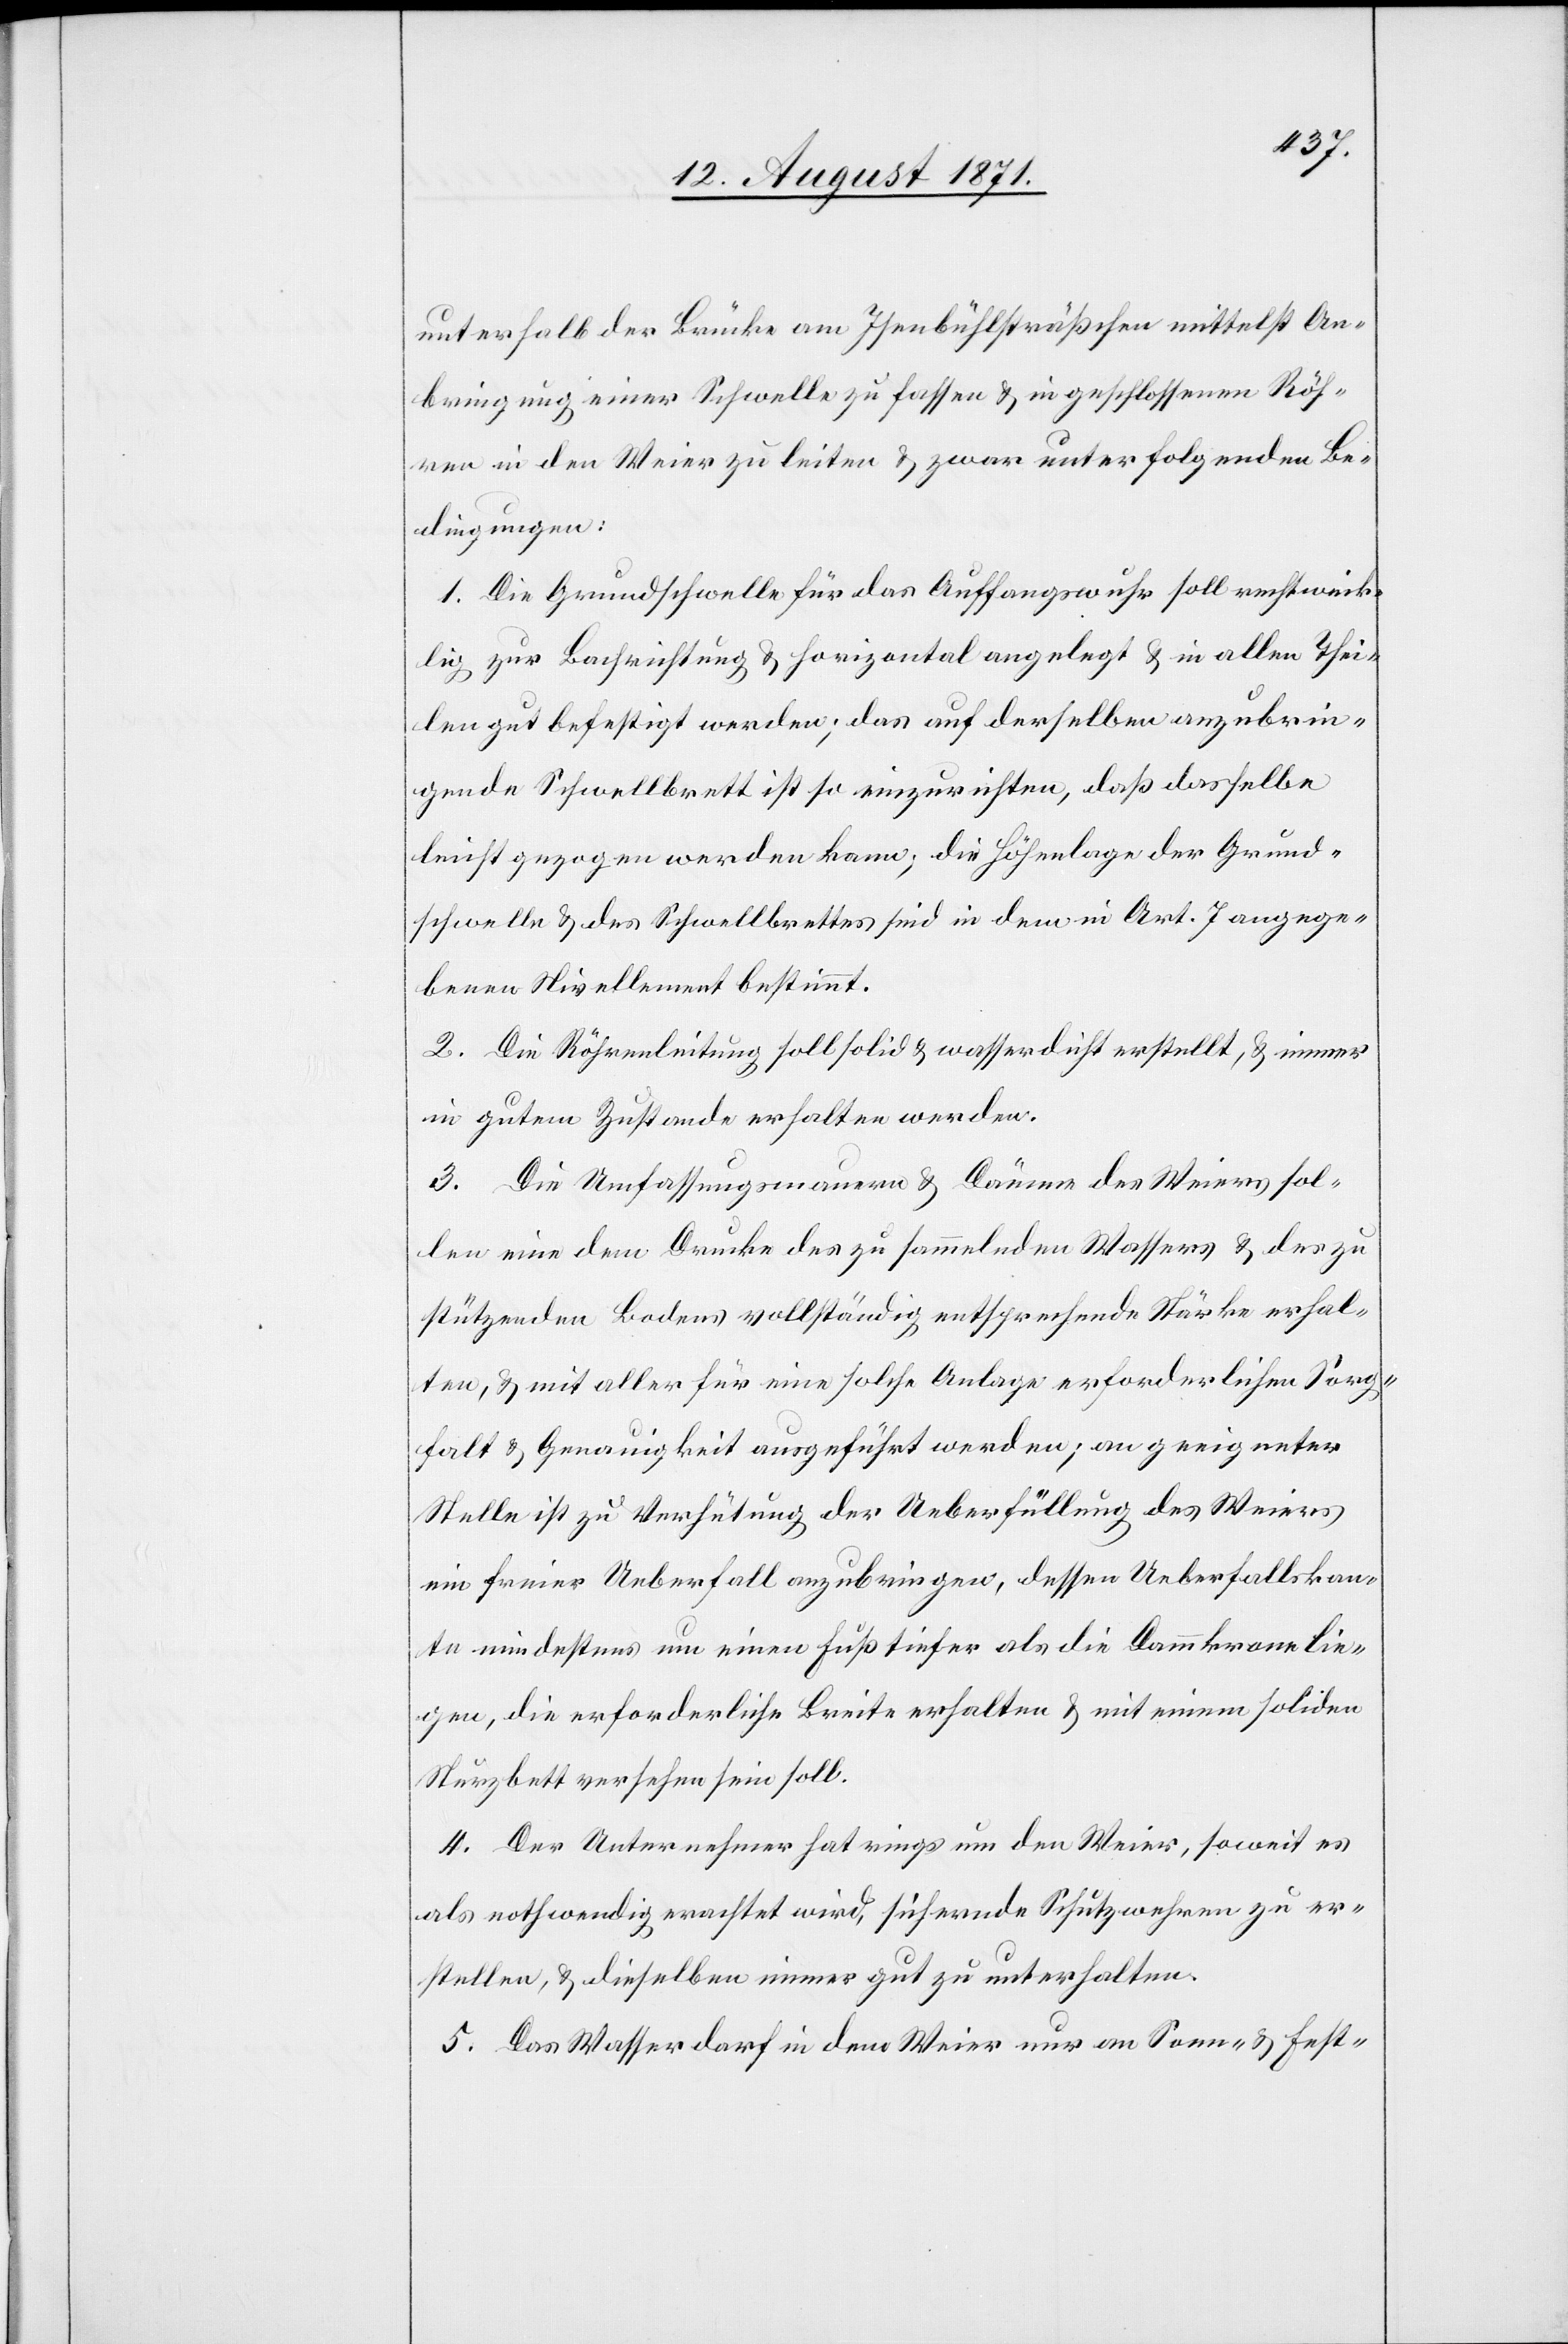
unterhalb der Brücke am Isenbühlsträßchen mittelst An¬
bringung einer Schwelle zu fassen & in geschlossenen Röh¬
ren in den Weier zu leiten & zwar unter folgenden Be¬
dingungen:
1. Die Grundschwelle für das Auffangswuhr soll rechtwink¬
lig zur Bachrichtung & horizontal angelegt & in allen Thei¬
len gut befestigt werden; das auf derselben anzubrin¬
gende Schwellbrett ist so einzurichten, daß dasselbe
leicht gezogen werden kann, die Höhenlage der Grund¬
schwelle & des Schwellbrettes sind in dem in Art. 7 angege¬
benen Nivellement bestimmt.
2. Die Röhrenleitung soll solide & wasserdicht erstellt, & immer
in gutem Zustande erhalten werden.
3. Die Umfassungsmauern & Dämme des Weiers sol¬
len eine dem Drucke des zu sammelnden Wassers & des zu
stützenden Bodens vollständig entsprechende Stärke erhal¬
ten, & mit aller für eine solche Anlage erforderlichen Sorg¬
falt & Genauigkeit ausgeführt werden; an geeigneter
Stelle ist zu Verhütung der Ueberfüllung des Weiers
ein freier Ueberfall anzubringen, dessen Ueberfallskann¬
te mindestens um einen Fuss tiefer als die Dammkrone lie¬
gen, die erforderliche Breite erhalten & mit einem soliden
Sturzbett versehen sein soll.
4. Der Unternehmer hat rings um den Weier, soweit es
als nothwendig erachtet wird, sichernde Schutzwehren zu er¬
stellen, & dieselben immer gut zu unterhalten.
5. Das Wasser darf in dem Weier nur an Sonn- & Fest-